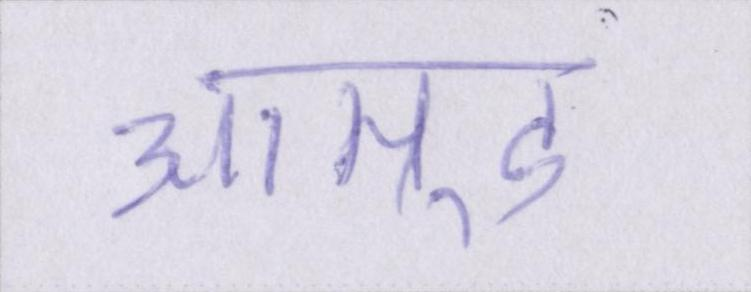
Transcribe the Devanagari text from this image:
आम्र्ड